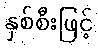
နှစ်စီးဖြင့်